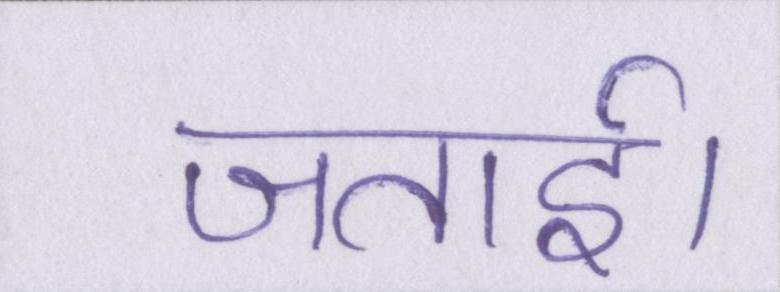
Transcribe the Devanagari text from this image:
जताई।